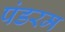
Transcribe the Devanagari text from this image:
पंडरम